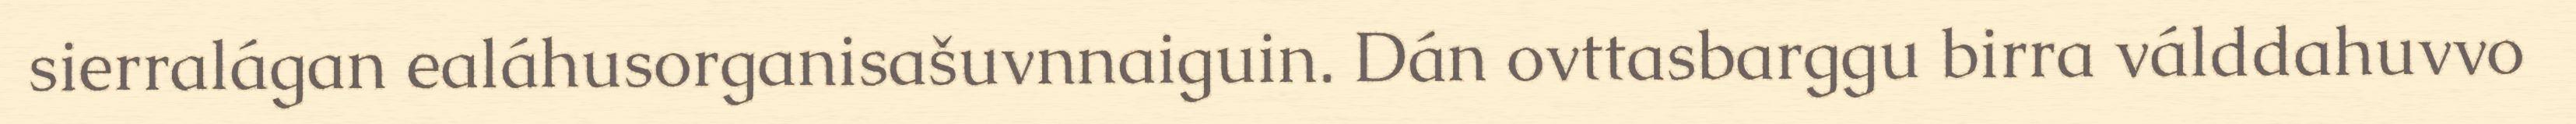
sierralágan ealáhusorganisašuvnnaiguin. Dán ovttasbarggu birra válddahuvvo